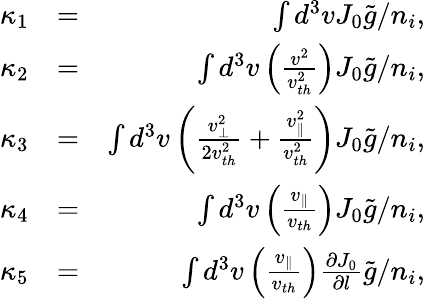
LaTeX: \begin{array}{rlr}{\kappa_{1}}&{=}&{\int d^{3}vJ_{0}\tilde{g}/n_{i},}\\ {\kappa_{2}}&{=}&{\int d^{3}v\left(\frac{v^{2}}{v_{th}^{2}}\right)J_{0}\tilde{g}/n_{i},}\\ {\kappa_{3}}&{=}&{\int d^{3}v\left(\frac{v_{\perp}^{2}}{2v_{th}^{2}}+\frac{v_{\parallel}^{2}}{v_{th}^{2}}\right)J_{0}\tilde{g}/n_{i},}\\ {\kappa_{4}}&{=}&{\int d^{3}v\left(\frac{v_{\parallel}}{v_{th}}\right)J_{0}\tilde{g}/n_{i},}\\ {\kappa_{5}}&{=}&{\int d^{3}v\left(\frac{v_{\parallel}}{v_{th}}\right)\frac{\partial J_{0}}{\partial l}\tilde{g}/n_{i},}\end{array}